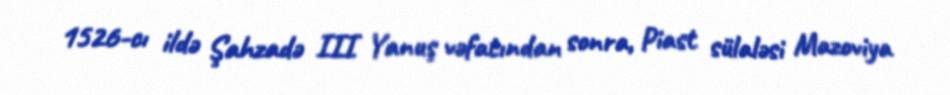
1526-cı ildə Şahzadə III Yanuş vəfatından sonra, Piast sülaləsi Mazoviya